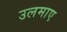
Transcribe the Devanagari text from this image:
उलमाए